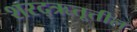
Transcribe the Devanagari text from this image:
शरद्‌ऋतूतील